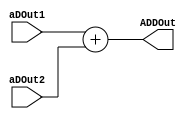
module adder (ADDOut,aDOut1,aDOut2);
output [7:0] ADDOut;
input [7:0] aDOut1, aDOut2;
assign {ADDOut} = aDOut1+aDOut2;
endmodule